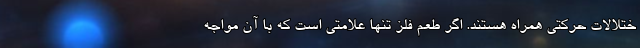
ختلالات حرکتی همراه هستند. اگر طعم فلز تنها علامتی است که با آن مواجه